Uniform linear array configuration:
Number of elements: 4
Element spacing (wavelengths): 0.5
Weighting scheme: kaiser
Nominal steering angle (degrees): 30
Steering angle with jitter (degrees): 28.04
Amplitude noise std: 0.05
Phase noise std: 0.05

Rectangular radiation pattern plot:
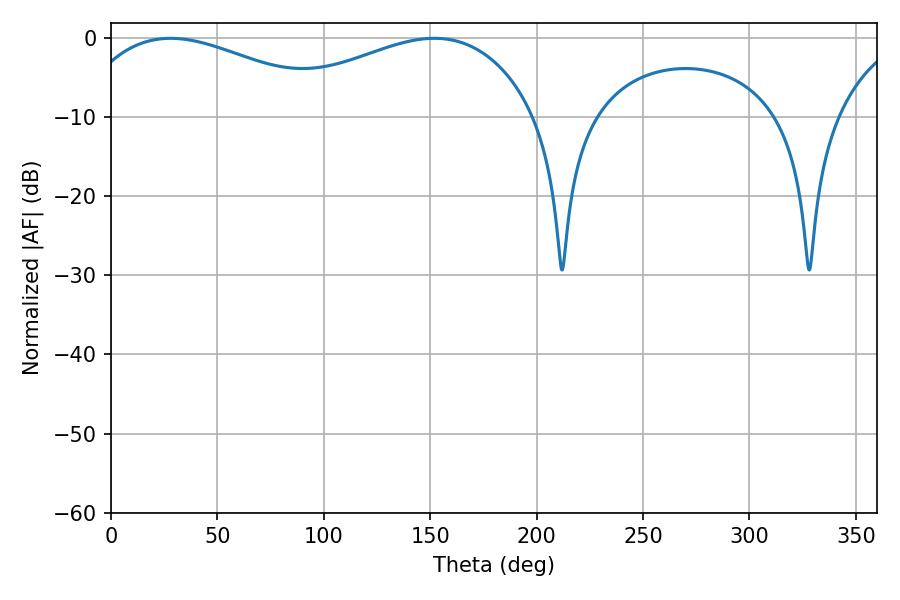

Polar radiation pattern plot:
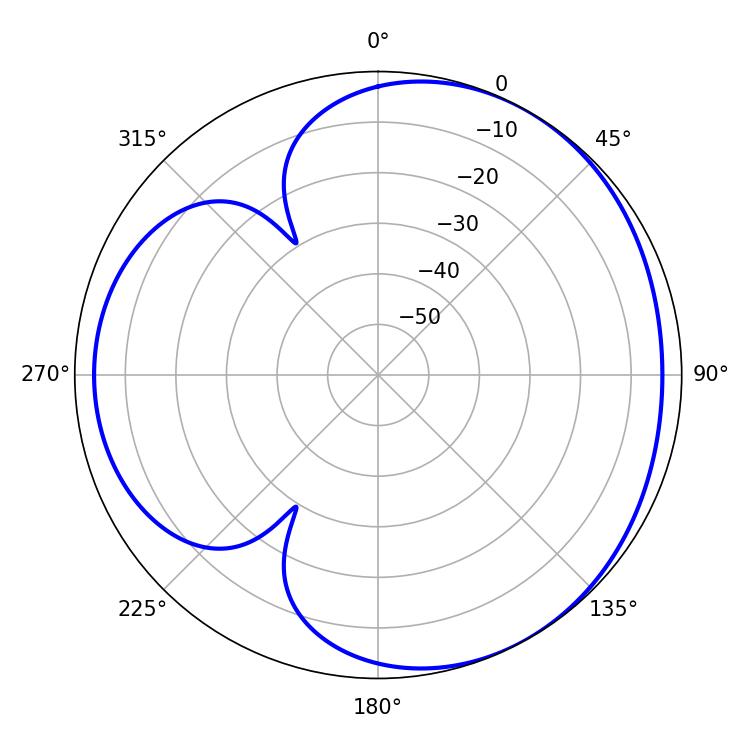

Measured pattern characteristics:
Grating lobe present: FALSE
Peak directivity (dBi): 3.55
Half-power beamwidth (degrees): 70.92
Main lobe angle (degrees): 28.08